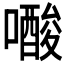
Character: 𭋟